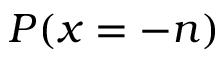
P ( x = - n )